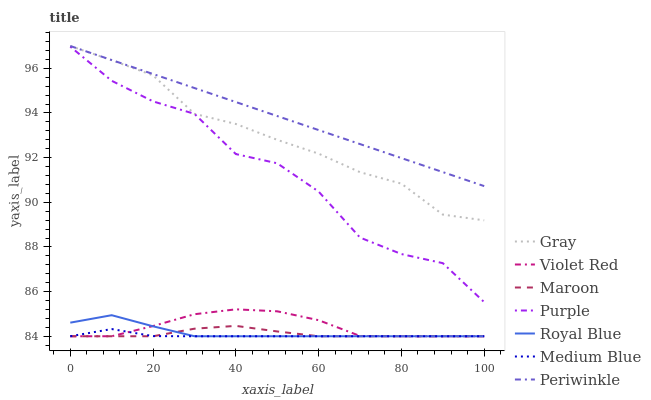
| xaxis_label | Gray | Violet Red | Maroon | Purple | Royal Blue | Medium Blue | Periwinkle |
 | --- | --- | --- | --- | --- | --- | --- | --- |
 | 0 | 97 | 84 | 84 | 97 | 84.6 | 84 | 97 |
 | 10 | 96.4 | 84 | 84 | 95.4 | 84.9 | 84.3 | 96.4 |
 | 20 | 95.7 | 84.5 | 84 | 94.5 | 84.4 | 84 | 95.7 |
 | 30 | 94 | 85 | 84.3 | 94 | 84 | 84 | 95.1 |
 | 40 | 93.5 | 85.2 | 84.5 | 92.2 | 84 | 84 | 94.5 |
 | 50 | 92.8 | 85.1 | 84.2 | 91.7 | 84 | 84 | 93.9 |
 | 60 | 92.2 | 84.7 | 84 | 90.5 | 84 | 84 | 93.2 |
 | 70 | 91.3 | 84 | 84 | 88.4 | 84 | 84 | 92.6 |
 | 80 | 90.8 | 84 | 84 | 87.7 | 84 | 84 | 92 |
 | 90 | 89.4 | 84 | 84 | 87.3 | 84 | 84 | 91.4 |
 | 100 | 89.2 | 84 | 84 | 85.5 | 84 | 84 | 90.7 |